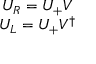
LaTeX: \begin{array} { c } { { U _ { R } = U _ { + } V } } \\ { { U _ { L } = U _ { + } V ^ { \dagger } } } \end{array}